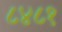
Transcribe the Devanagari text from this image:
८४८१